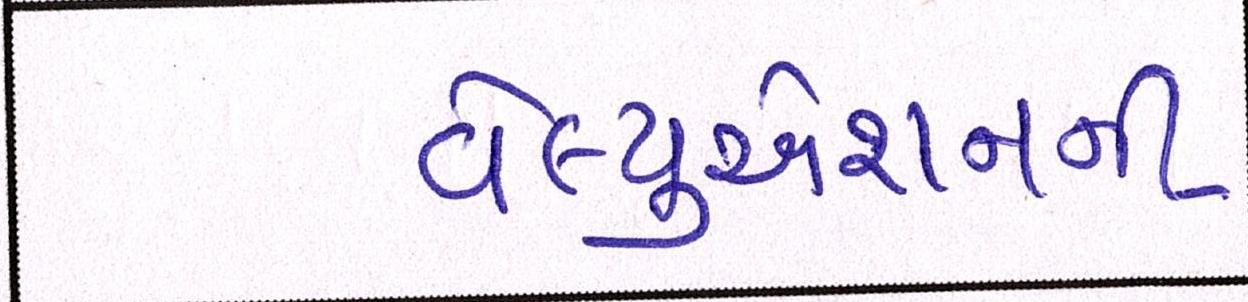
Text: વેલ્યુએશનની